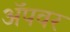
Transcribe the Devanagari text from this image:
अॅपवर